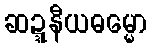
ဆဍ္ဍနီယဓမ္မော